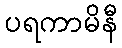
ပရကာမိနီ